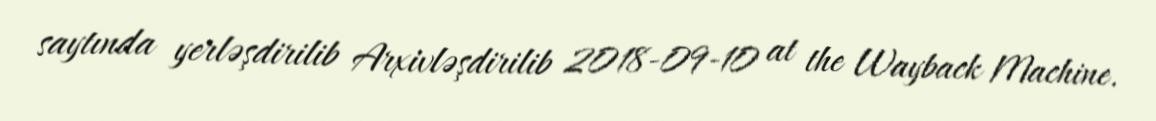
saytında yerləşdirilib Arxivləşdirilib 2018-09-10 at the Wayback Machine.